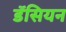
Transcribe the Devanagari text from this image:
डॅसियन